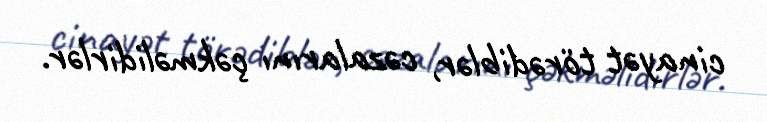
cinayət törədiblər, cəzalarını çəkməlidirlər.